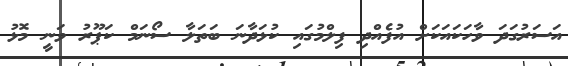
އަސަރުގަދަ ވާހަކައަކަށް އުފެއްދި ފިލްމުގައި ކުޅަދާނަ ބަތަލާ ސޯނަމް ކަޕޫރު ވަނީ މޮޅު